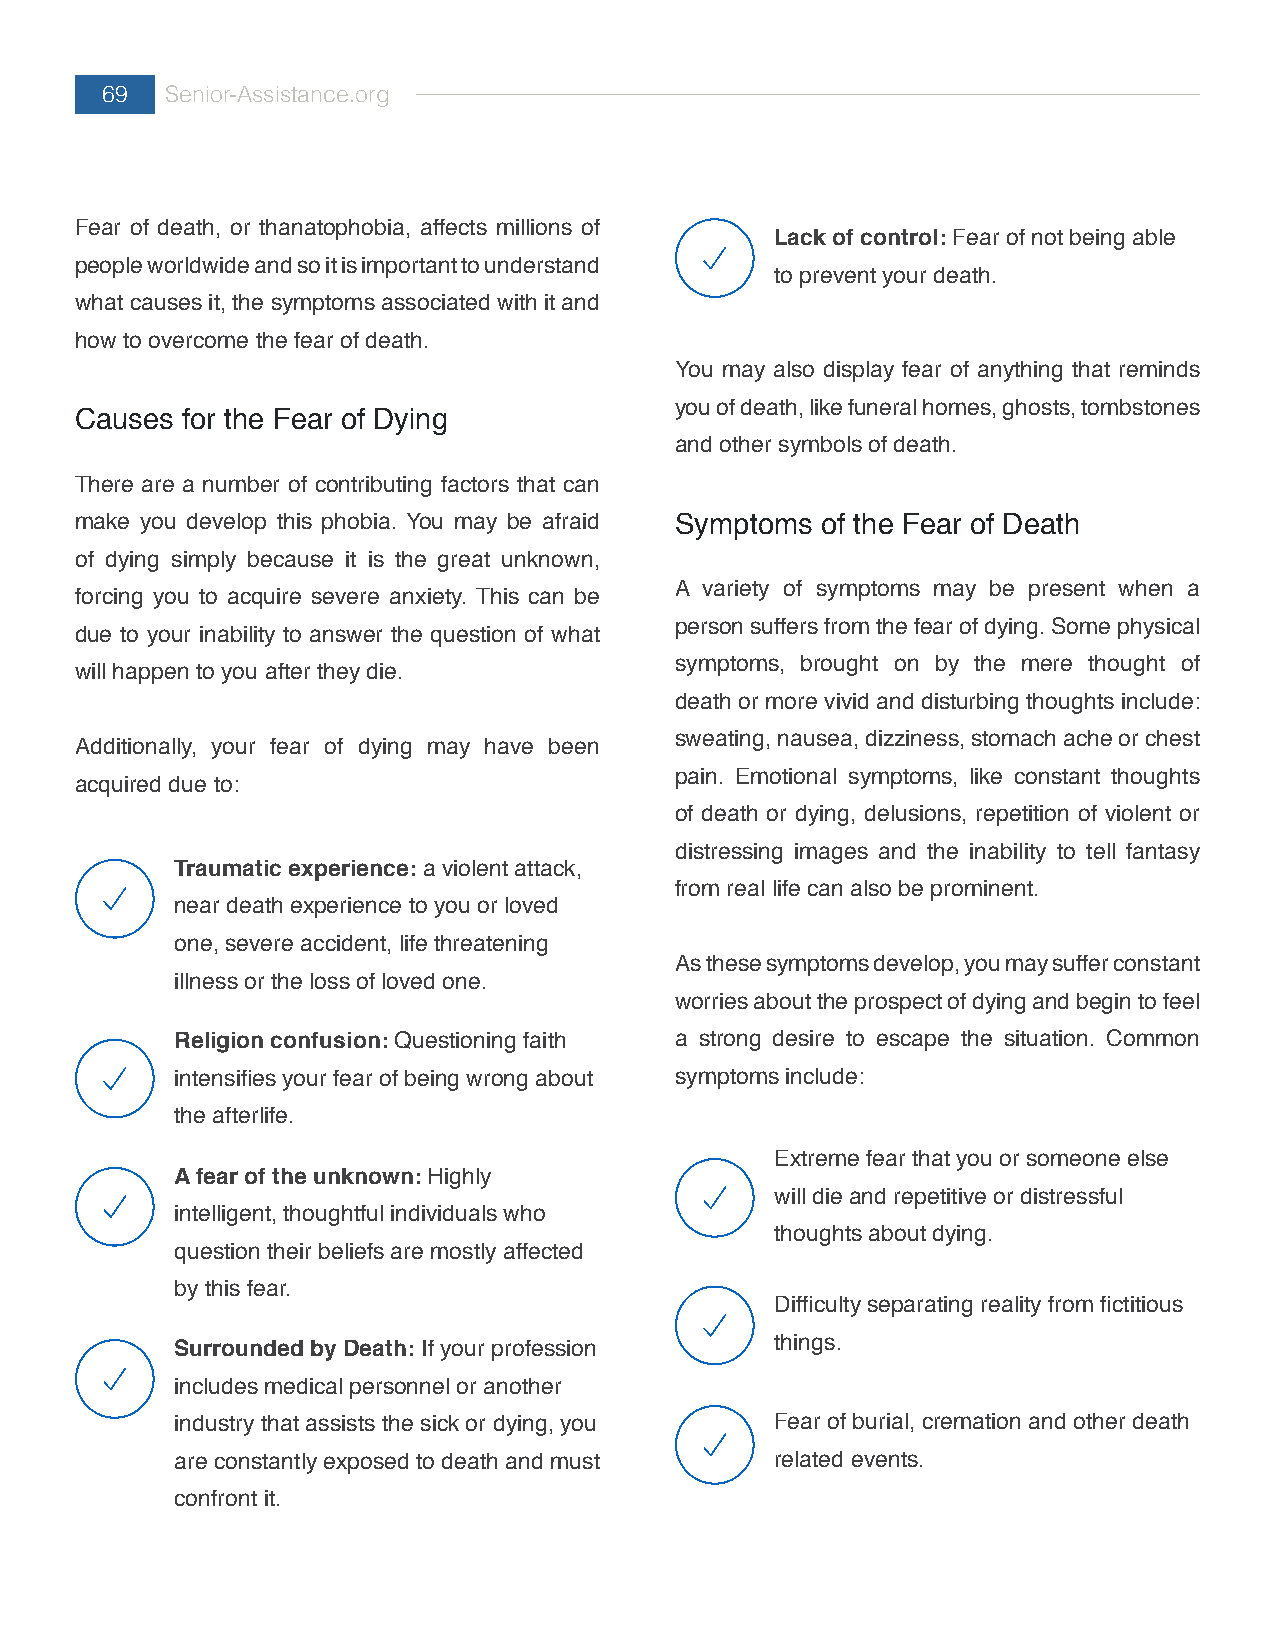
69  Senior-Assistance.org
 Fear of death, or thanatophobia, affects millions of
 Lack of control: Fear of not being able
 people worldwide and so it is important to understand
 to prevent your death.
 what causes it, the symptoms associated with it and
 how to overcome the fear of death.
 You may also display fear of anything that reminds
 you of death, like funeral homes, ghosts, tombstones
 Causes for the Fear of Dying
 and other symbols of death.
 There are a number of contributing factors that can
 make you develop this phobia. You may be afraid Symptoms of the Fear of Death
 of dying simply because it is the great unknown,
 A variety of symptoms may be present when a
 forcing you to acquire severe anxiety. This can be
 person suffers from the fear of dying. Some physical
 due to your inability to answer the question of what
 symptoms, brought on by the mere thought of
 will happen to you after they die.
 death or more vivid and disturbing thoughts include:
 sweating, nausea, dizziness, stomach ache or chest
 Additionally, your fear of dying may have been
 pain. Emotional symptoms, like constant thoughts
 acquired due to:
 of death or dying, delusions, repetition of violent or
 distressing images and the inability to tell fantasy
 Traumatic experience: a violent attack,
 from real life can also be prominent.
 near death experience to you or loved
 one, severe accident, life threatening
 As these symptoms develop, you may suffer constant
 illness or the loss of loved one.
 worries about the prospect of dying and begin to feel
 Religion confusion: Questioning faith a strong desire to escape the situation. Common
 intensifies your fear of being wrong about symptoms include:
 the afterlife.
 Extreme fear that you or someone else
 A fear of the unknown: Highly
 will die and repetitive or distressful
 intelligent, thoughtful individuals who
 thoughts about dying.
 question their beliefs are mostly affected
 by this fear.
 Difficulty separating reality from fictitious
 Surrounded by Death: If your profession things.
 includes medical personnel or another
 industry that assists the sick or dying, you Fear of burial, cremation and other death
 are constantly exposed to death and must related events.
 confront it.